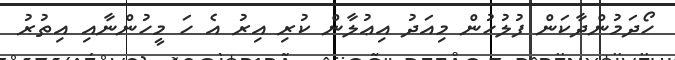
ހޯދަމުންދާކަން ފުލުުހުން މިއަދު އިޢުލާން ކުރި އިރު އެ ހަ މީހުންނާއި އިތުރު